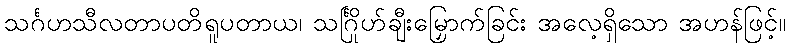
သင်္ဂဟသီလတာပတိရူပတာယ၊ သင်္ဂြိုဟ်ချီးမြှောက်ခြင်း အလေ့ရှိသော အဟန်ဖြင့်။